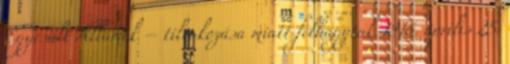
Egyesült Államok – tiltakozása miatt felhagytak 1916. április 25.